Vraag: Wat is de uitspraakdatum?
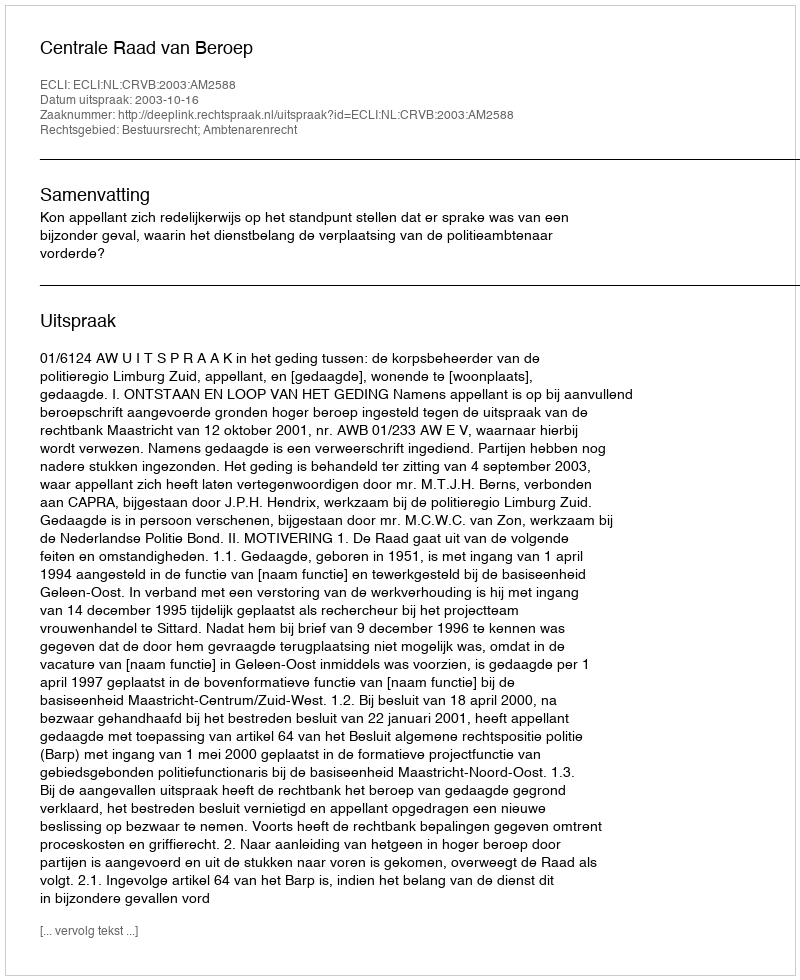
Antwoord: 2003-10-16